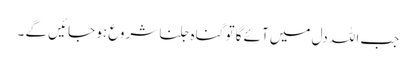
جب اللہ دل میں آئے گا تو گناہ جلنا شروع ہو جائیں گے ۔